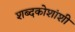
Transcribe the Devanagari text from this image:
शब्दकोशांशी